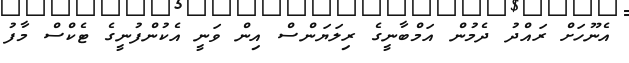
އެނޫހަށް ރައްދު ދެމުން އަމްބާނީގެ ރިލަޔަންސް އިން ވަނީ އެކުންފުނީގެ ޓެކްސް މާފު